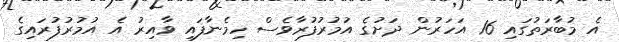
އެ މުބާރަތުގައި 16 އަހަރުން ދަށުގެ އުމުރުފުރާވެސް ހިމެނާފައި ވާއިރު އެ އުމުރުފުރައިގެ